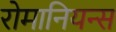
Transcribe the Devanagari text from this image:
रोमानियन्स